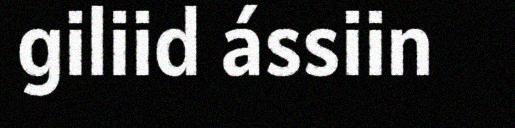
giliid ássiin